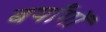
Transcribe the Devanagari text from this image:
बयाँगों